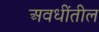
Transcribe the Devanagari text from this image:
अवधींतील